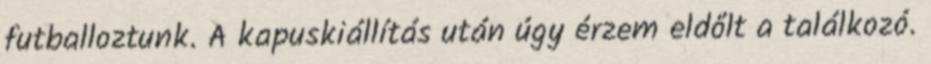
futballoztunk. A kapuskiállítás után úgy érzem eldőlt a találkozó.